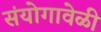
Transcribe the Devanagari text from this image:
संयोगावेळी